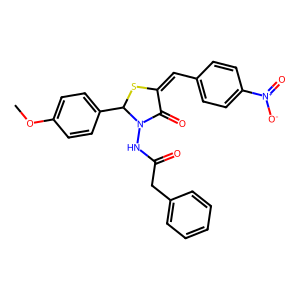
SMILES: COc1ccc(C2SC(=Cc3ccc([N+](=O)[O-])cc3)C(=O)N2NC(=O)Cc2ccccc2)cc1
Inhibits HIV replication: No